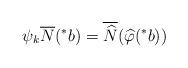
LaTeX: \begin{align*} \psi_{k}\overline{N}(^{\ast}b)=\overline{\widehat{N}}(\widehat{\varphi}(^{\ast}b))\end{align*}